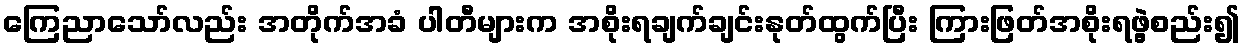
ကြေညာသော်လည်း အတိုက်အခံ ပါတီများက အစိုးရချက်ချင်းနုတ်ထွက်ပြီး ကြားဖြတ်အစိုးရဖွဲ့စည်း၍